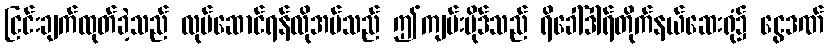
ငြင်းချက်ထုတ်ခဲ့သည် လုပ်ဆောင်ရန်လိုအပ်သည် ဤကျမ်းပိုဒ်သည် ရိခေါ်ဒါရ်တိုက်နယ်ဆေးရုံ၌ ငွေဒဏ်